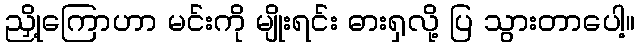
ညှို့ကြောဟာ မင်းကို မျိုးရင်း ဓားရှလို့ ပြ သွားတာပေါ့။